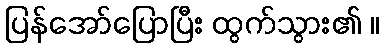
ပြန်အော်ပြောပြီး ထွက်သွား၏ ။